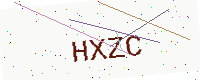
Text: HXZC